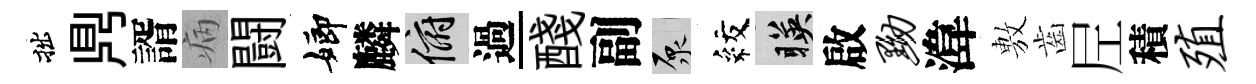
拙𪔂諝病闘嫏麟俯過醆副原紋暎啟黝湋𢾾齒𡰱積殖